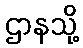
ဌာနသို့